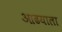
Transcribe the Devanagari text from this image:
आढयाला